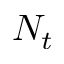
N _ { t }